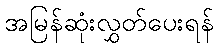
အမြန်ဆုံးလွှတ်ပေးရန်